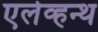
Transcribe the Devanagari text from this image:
एलेव्हन्थ